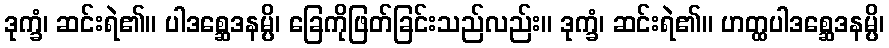
ဒုက္ခံ၊ ဆင်းရဲ၏။ ပါဒစ္ဆေဒနမ္ပိ၊ ခြေကိုဖြတ်ခြင်းသည်လည်း။ ဒုက္ခံ၊ ဆင်းရဲ၏။ ဟတ္ထပါဒစ္ဆေဒနမ္ပိ၊